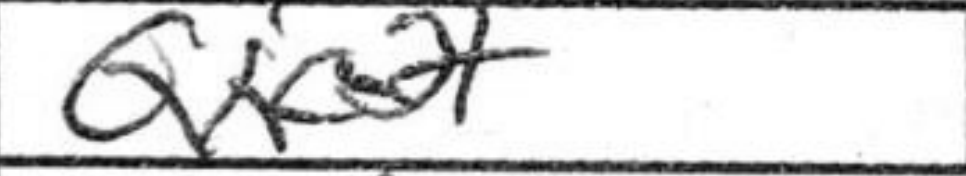
Transcription: Qxc2+